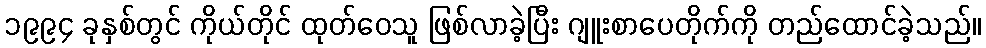
၁၉၉၄ ခုနှစ်တွင် ကိုယ်တိုင် ထုတ်ဝေသူ ဖြစ်လာခဲ့ပြီး ဂျူးစာပေတိုက်ကို တည်ထောင်ခဲ့သည်။